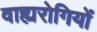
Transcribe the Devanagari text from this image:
वाह्यरोगियों